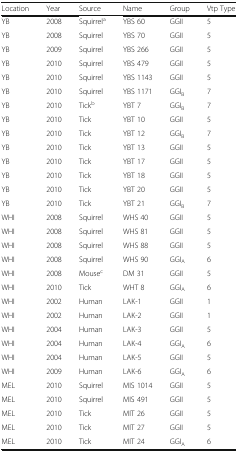
<table><thead><tr><td><b>Location</b></td><td><b>Year</b></td><td><b>Source</b></td><td><b>Name</b></td><td><b>Group</b></td><td><b>Vtp Type</b></td></tr></thead><tbody><tr><td>YB</td><td>2008</td><td>Squirrel<sup>a</sup></td><td>YBS 60</td><td>GGII</td><td>5</td></tr><tr><td>YB</td><td>2008</td><td>Squirrel</td><td>YBS 70</td><td>GGII</td><td>5</td></tr><tr><td>YB</td><td>2009</td><td>Squirrel</td><td>YBS 266</td><td>GGII</td><td>5</td></tr><tr><td>YB</td><td>2010</td><td>Squirrel</td><td>YBS 479</td><td>GGII</td><td>5</td></tr><tr><td>YB</td><td>2010</td><td>Squirrel</td><td>YBS 1143</td><td>GGII</td><td>5</td></tr><tr><td>YB</td><td>2010</td><td>Squirrel</td><td>YBS 1171</td><td>GGI<sub>B</sub></td><td>7</td></tr><tr><td>YB</td><td>2010</td><td>Tick<sup>b</sup></td><td>YBT 7</td><td>GGI<sub>B</sub></td><td>7</td></tr><tr><td>YB</td><td>2010</td><td>Tick</td><td>YBT 10</td><td>GGII</td><td>5</td></tr><tr><td>YB</td><td>2010</td><td>Tick</td><td>YBT 12</td><td>GGI<sub>B</sub></td><td>7</td></tr><tr><td>YB</td><td>2010</td><td>Tick</td><td>YBT 13</td><td>GGII</td><td>5</td></tr><tr><td>YB</td><td>2010</td><td>Tick</td><td>YBT 17</td><td>GGII</td><td>5</td></tr><tr><td>YB</td><td>2010</td><td>Tick</td><td>YBT 18</td><td>GGII</td><td>5</td></tr><tr><td>YB</td><td>2010</td><td>Tick</td><td>YBT 20</td><td>GGII</td><td>5</td></tr><tr><td>YB</td><td>2010</td><td>Tick</td><td>YBT 21</td><td>GGI<sub>B</sub></td><td>7</td></tr><tr><td>WHI</td><td>2008</td><td>Squirrel</td><td>WHS 40</td><td>GGII</td><td>5</td></tr><tr><td>WHI</td><td>2008</td><td>Squirrel</td><td>WHS 81</td><td>GGII</td><td>5</td></tr><tr><td>WHI</td><td>2008</td><td>Squirrel</td><td>WHS 88</td><td>GGII</td><td>5</td></tr><tr><td>WHI</td><td>2008</td><td>Squirrel</td><td>WHS 90</td><td>GGI<sub>A</sub></td><td>6</td></tr><tr><td>WHI</td><td>2008</td><td>Mouse<sup>c</sup></td><td>DM 31</td><td>GGII</td><td>5</td></tr><tr><td>WHI</td><td>2010</td><td>Tick</td><td>WHT 8</td><td>GGI<sub>A</sub></td><td>6</td></tr><tr><td>WHI</td><td>2002</td><td>Human</td><td>LAK-1</td><td>GGII</td><td>1</td></tr><tr><td>WHI</td><td>2002</td><td>Human</td><td>LAK-2</td><td>GGII</td><td>1</td></tr><tr><td>WHI</td><td>2004</td><td>Human</td><td>LAK-3</td><td>GGII</td><td>5</td></tr><tr><td>WHI</td><td>2004</td><td>Human</td><td>LAK-4</td><td>GGI<sub>A</sub></td><td>6</td></tr><tr><td>WHI</td><td>2004</td><td>Human</td><td>LAK-5</td><td>GGII</td><td>5</td></tr><tr><td>WHI</td><td>2009</td><td>Human</td><td>LAK-6</td><td>GGI<sub>A</sub></td><td>6</td></tr><tr><td>MEL</td><td>2010</td><td>Squirrel</td><td>MIS 1014</td><td>GGII</td><td>5</td></tr><tr><td>MEL</td><td>2010</td><td>Squirrel</td><td>MIS 491</td><td>GGII</td><td>5</td></tr><tr><td>MEL</td><td>2010</td><td>Tick</td><td>MIT 26</td><td>GGII</td><td>5</td></tr><tr><td>MEL</td><td>2010</td><td>Tick</td><td>MIT 27</td><td>GGII</td><td>5</td></tr><tr><td>MEL</td><td>2010</td><td>Tick</td><td>MIT 24</td><td>GGI<sub>A</sub></td><td>6</td></tr></tbody></table>